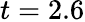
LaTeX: t=2.6